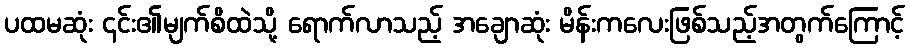
ပထမဆုံး ၎င်း၏မျက်စိထဲသို့ ရောက်လာသည့် အချောဆုံး မိန်းကလေးဖြစ်သည့်အတွက်ကြောင့်